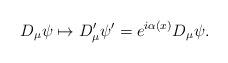
LaTeX: \begin{align*}D_\mu\psi \mapsto D'_\mu\psi' = e^{i\alpha(x)}D_\mu\psi.\end{align*}